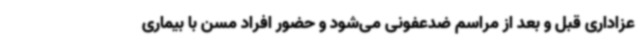
عزاداری قبل و بعد از مراسم ضدعفونی می‌شود و حضور افراد مسن با بیماری